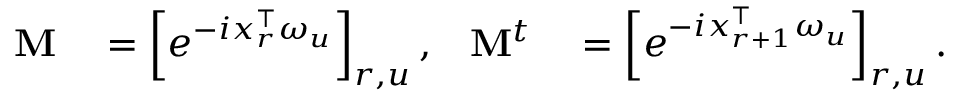
\begin{array} { r l r l } { \mathbf { M } } & { { } = \left[ e ^ { - i x _ { r } ^ { \top } \omega _ { u } } \right] _ { r , u } , } & { \mathbf { M } ^ { t } } & { { } = \left[ e ^ { - i x _ { r + 1 } ^ { \top } \omega _ { u } } \right] _ { r , u } . } \end{array}